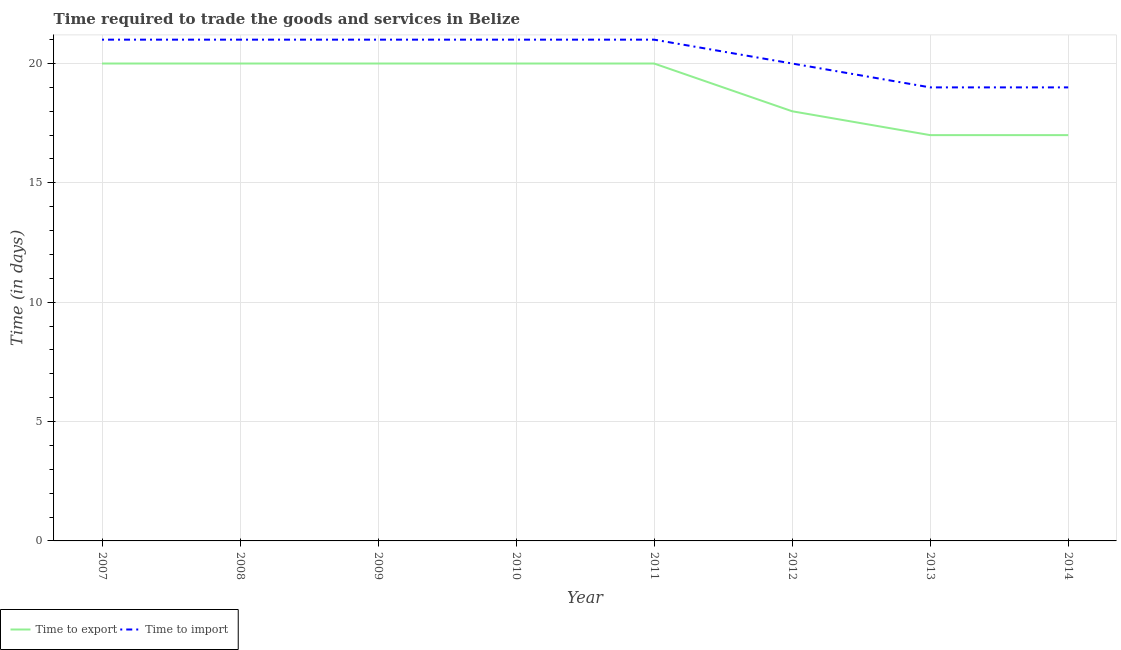
| Year | Time to export | Time to import |
 | --- | --- | --- |
 | 2007 | 20 | 21 |
 | 2008 | 20 | 21 |
 | 2009 | 20 | 21 |
 | 2010 | 20 | 21 |
 | 2011 | 20 | 21 |
 | 2012 | 18 | 20 |
 | 2013 | 17 | 19 |
 | 2014 | 17 | 19 |